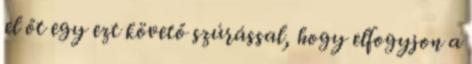
el őt egy ezt követő szúrással, hogy elfogyjon a